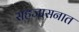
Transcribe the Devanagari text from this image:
सहजासनात